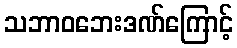
သဘာဝဘေးဒဏ်ကြောင့်